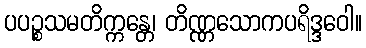
ပပဉ္စသမတိက္ကန္တေ၊ တိဏ္ဏသောကပရိဒ္ဒဝေါ။